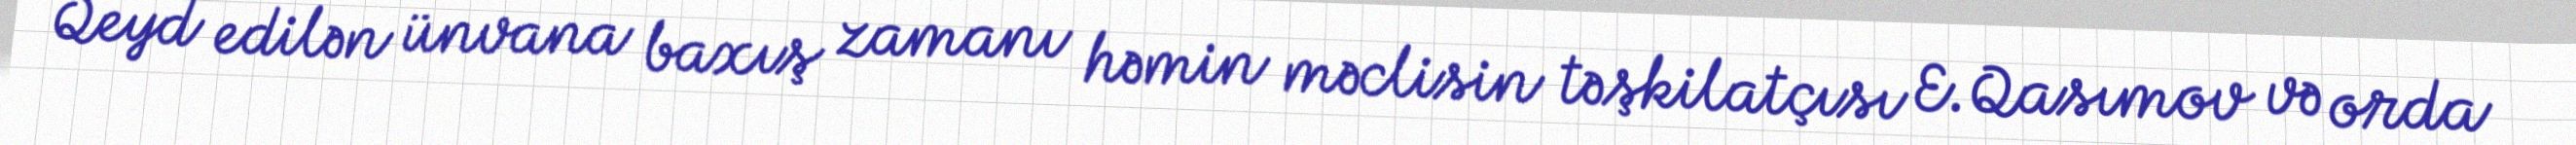
Qeyd edilən ünvana baxış zamanı həmin məclisin təşkilatçısı E.Qasımov və orda